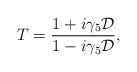
LaTeX: \begin{align*}T={1+i\gamma_5{\cal D}\over1-i\gamma_5{\cal D}},\end{align*}